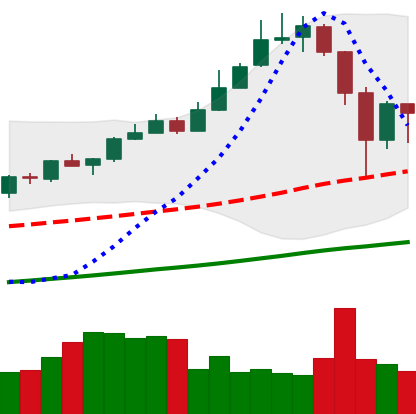
Ticker: XMR-USD
Chart end date: 2019-06-29
Forward return: -12.143%
Label: down_7plus